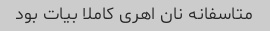
متاسفانه نان اهری کاملا بیات بود